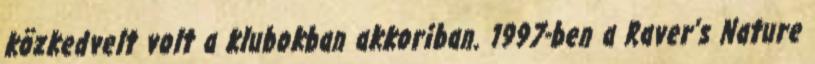
közkedvelt volt a klubokban akkoriban. 1997-ben a Raver’s Nature